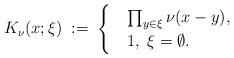
LaTeX: \begin{align*}K_\nu(x;\xi)\;:=\;\begin{cases} &\prod_{y\in\xi}\nu(x-y),\\ & 1,\;\xi=\emptyset. \end{cases}\end{align*}